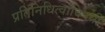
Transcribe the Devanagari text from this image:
प्रतिनिधित्वाविषयी